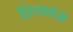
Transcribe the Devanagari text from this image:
रिडाक्स